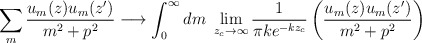
\begin{align*}\sum_{m} \frac{u_m(z)u_m(z')}{m^2+p^2} \longrightarrow \int_{0}^{\infty} dm~\lim_{z_c \to \infty} \frac{1}{\pi k e^{-kz_c}} \left(\frac{u_m(z)u_m(z')}{m^2+p^2}\right)\end{align*}